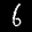
Label: 6